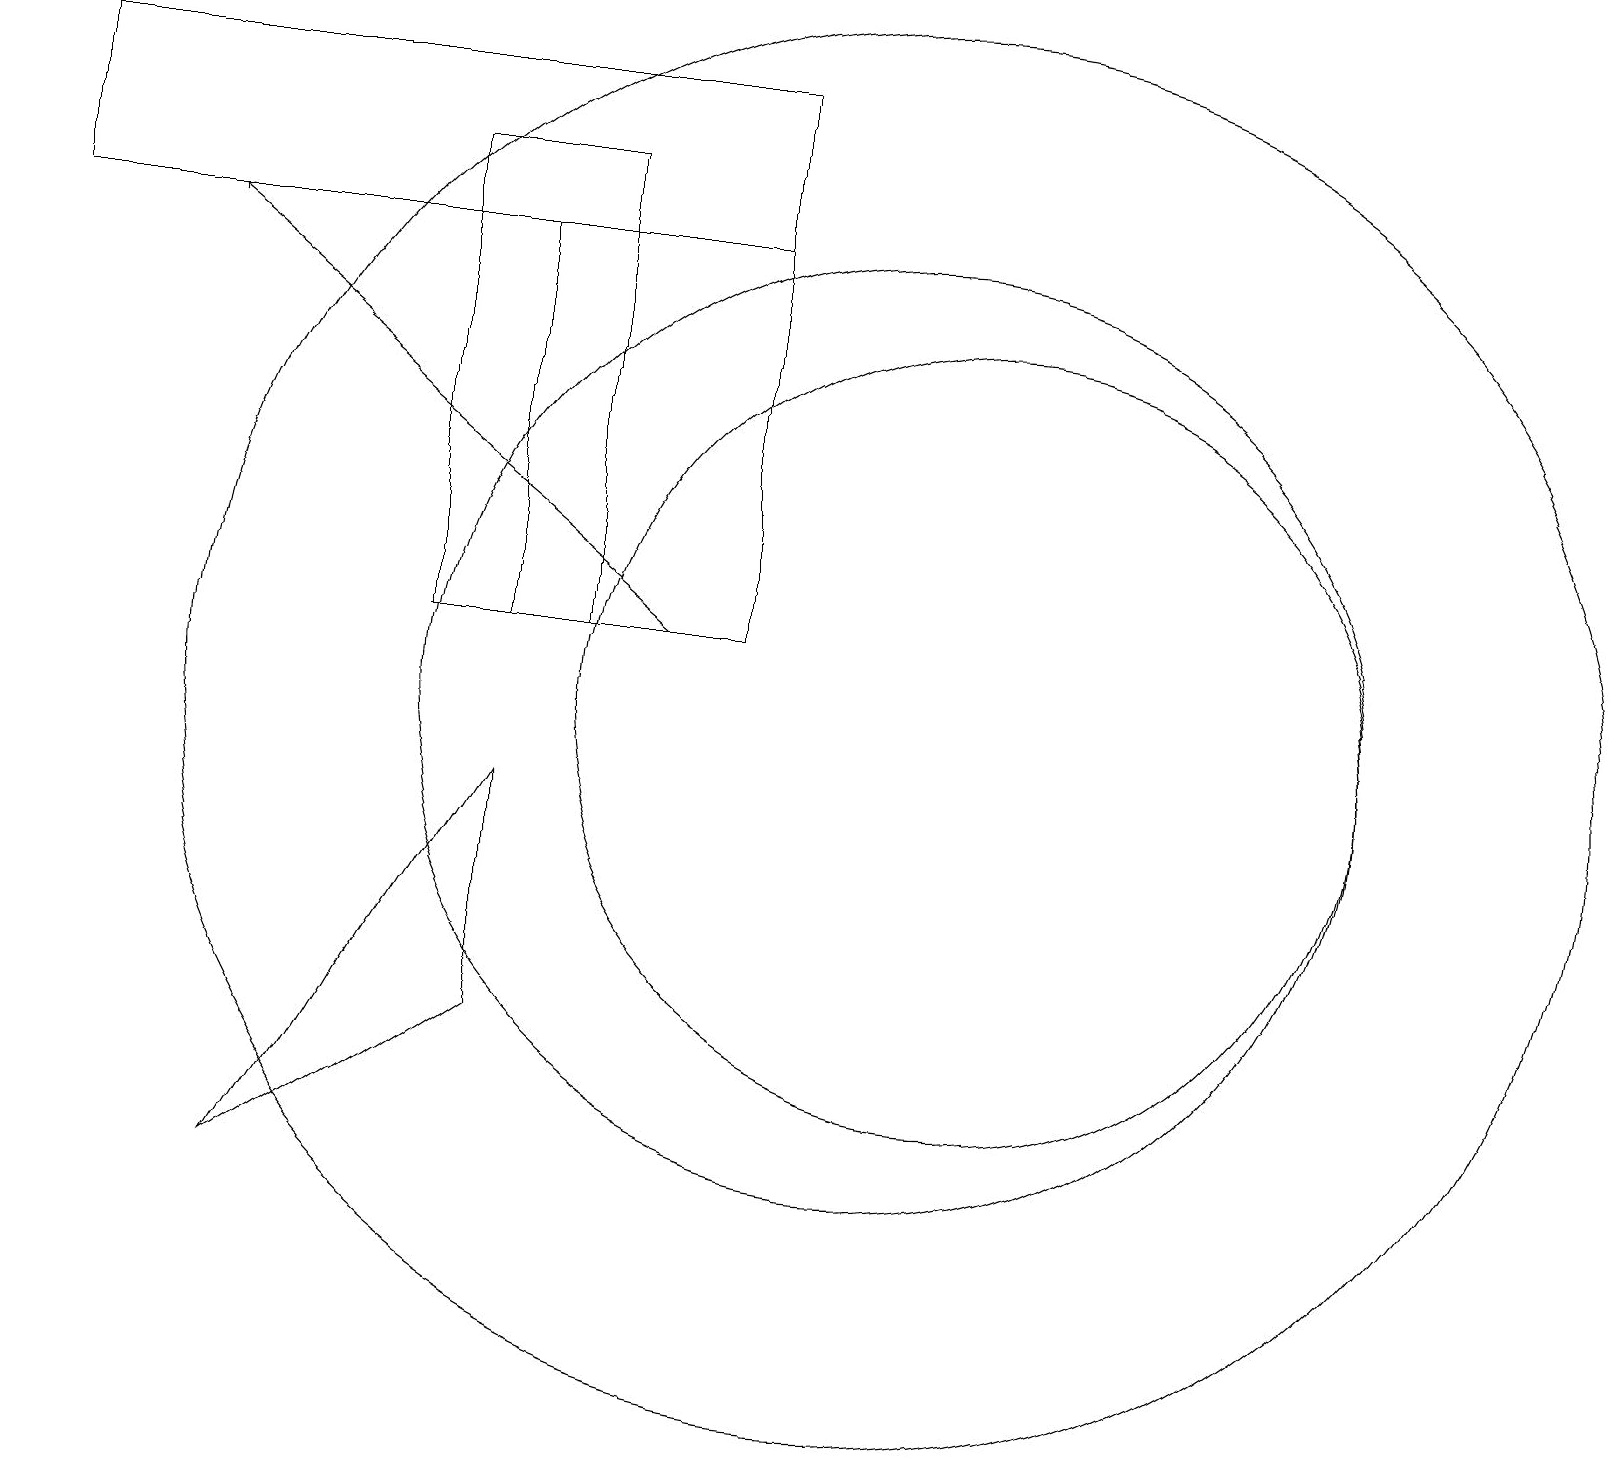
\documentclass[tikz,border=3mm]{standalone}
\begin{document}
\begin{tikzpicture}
\draw (6,11) rectangle (9,16);
\draw (7,17) rectangle (5,11);
\draw (11,10) circle (6);
\draw (9,16) rectangle (0,18);
\draw (12,10) circle (5);
\draw[->] (8,11) -- (2,16);
\draw (11,10) circle (9);
\draw (6,6) -- (3,4) -- (6,9) -- cycle;
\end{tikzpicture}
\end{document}